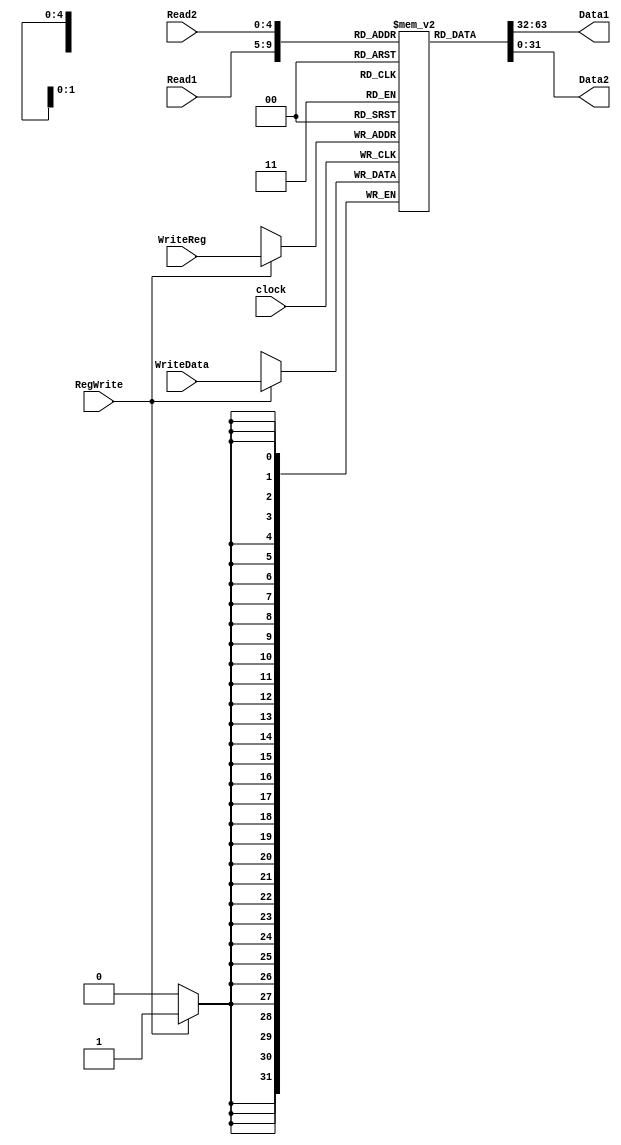

module registerfile (Read1,Read2,WriteReg,
                     WriteData,RegWrite,
                     Data1,Data2,clock);
  input [4:0] Read1,Read2,WriteReg; // the register numbers to read or write
  input [31:0] WriteData; // data to write
  input RegWrite,clock; // the write control the clock to trigger write

  output [31:0] Data1, Data2; // the register values read

  reg [31:0] registers [31:0]; // 32 registers each 32 bits long

  initial begin
    registers[0] <= 0;
    registers[1] <= 0;
    registers[2] <= 0;
    registers[3] <= 0;
    registers[4] <= 0;
    registers[5] <= 0;
    registers[6] <= 0;
    registers[7] <= 0;
    registers[8] <= 0;//t0
    registers[9] <= 0;//t1
    registers[10] <= 1;//t2
    registers[11] <= 0;//t3
    registers[12] <= 0;//t4
    registers[13] <= 0;//t5
    registers[14] <= 0;//t6
    registers[15] <= 0;//t7
    registers[16] <= 0;//s0
    registers[17] <= 0;//s1
    registers[18] <= 5;//s2
    registers[19] <= 0;//s3
    registers[20] <= 0;//s4
    registers[21] <= 10;//s5
    registers[22] <= 0;//s6
    registers[23] <= 0;//s7
    registers[24] <= 0;
    registers[25] <= 0;
    registers[26] <= 0;
    registers[27] <= 0;
    registers[28] <= 0;
    registers[29] <= 0;
    registers[30] <= 0;
    registers[31] <= 0;
  end

  assign Data1 = registers[Read1];
  assign Data2 = registers[Read2];

  always @(posedge clock) begin   // write the register with new value if Regwrite is high
    if (RegWrite) begin
      registers[WriteReg] <= WriteData;
    end

    /*$monitor ("writeData=%d\nWriteReg=%d\n reg[0]=%d\n reg[1]=%d\n reg[2]=%d\n reg[3]=%d\n reg[4]=%d\n reg[5]=%d\n reg[6]=%d\n reg[7]=%d\n reg[8]=%d\n reg[9]=%d\nreg[10]=%d\nreg[11]=%d\nreg[12]=%d\nreg[13]=%d\nreg[14]=%d\nreg[15]=%d\nreg[16]=%d\nreg[17]=%d\nreg[18]=%d\nreg[19]=%d\nreg[20]=%d\nreg[21]=%d\nreg[22]=%d\nreg[23]=%d\nreg[24]=%d\nreg[25]=%d\nreg[26]=%d\nreg[27]=%d\nreg[28]=%d\nreg[29]=%d\nreg[30]=%d\nreg[31]=%d\n"
                              ,WriteData, WriteReg
                              , registers[0]
                              , registers[1]
                              , registers[2]
                              , registers[3]
                              , registers[4]
                              , registers[5]
                              , registers[6]
                              , registers[7]
                              , registers[8]
                              , registers[9]
                              , registers[10]
                              , registers[11]
                              , registers[12]
                              , registers[13]
                              , registers[14]
                              , registers[15]
                              , registers[16]
                              , registers[17]
                              , registers[18]
                              , registers[19]
                              , registers[20]
                              , registers[21]
                              , registers[22]
                              , registers[23]
                              , registers[24]
                              , registers[25]
                              , registers[26]
                              , registers[27]
                              , registers[28]
                              , registers[29]
                              , registers[30]
                              , registers[31]);*/
  end

endmodule